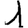
Digit: 1